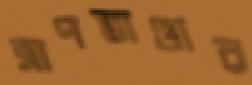
ত্রাণভাণ্ডার